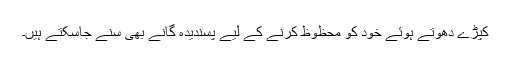
کپڑے دھوتے ہوئے خود کو محظوظ کرنے کے لیے پسندیدہ گانے بھی سُنے جاسکتے ہیں۔